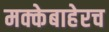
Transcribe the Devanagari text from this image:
मक्केबाहेरच